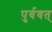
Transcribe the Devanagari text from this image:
पुर्ववत्